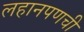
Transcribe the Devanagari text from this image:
लहानपणची